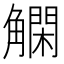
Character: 𲁞